Civil Veterinary Dept. North-West Frontier Province 1933-46 - 1933-1946
Year: 1933
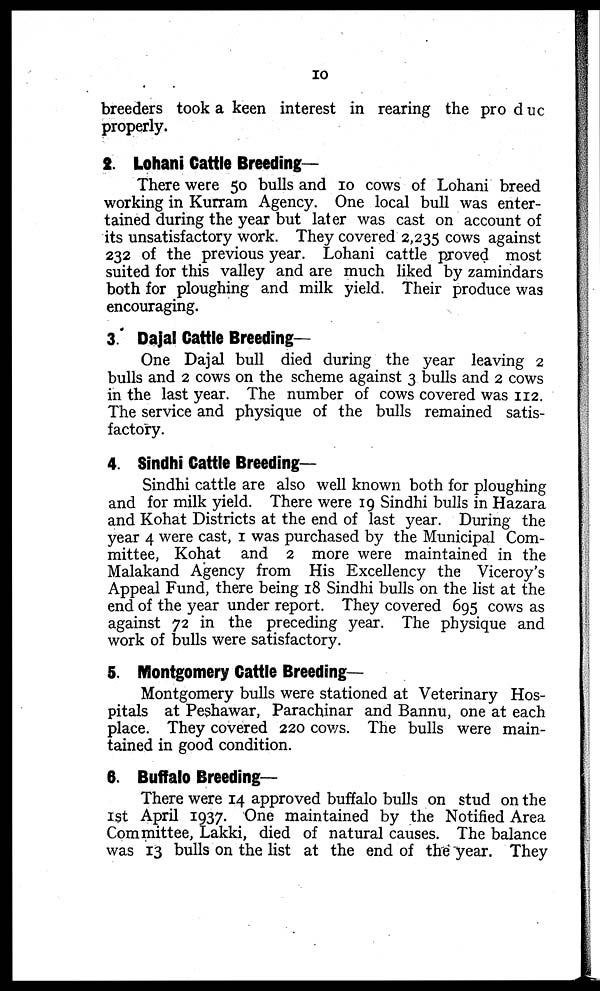
10
breeders took a keen interest in rearing the produc
properly.
2. Lohani Cattle Breeding-
There were 50 bulls and 10 cows of Lohani breed
working in Kurram Agency. One local bull was enter-
tained during the year but later was cast on account of
its unsatisfactory work. They covered 2,235 cows against
232 of the previous year. Lohani cattle proved most
suited for this valley and are much liked by zamindars
both for ploughing and milk yield. Their produce was
encouraging.
3. Dajal Cattle Breeding-
One Dajal bull died during the year leaving 2
bulls and 2 cows on the scheme against 3 bulls and 2 cows
in the last year. The number of cows covered was 112.
The service and physique of the bulls remained satis-
factory.
4. Sindhi Cattle Breeding—
Sindhi cattle are also well known both for ploughing
and for milk yield. There were 19 Sindhi bulls in Hazara
and Kohat Districts at the end of last year. During the
year 4 were cast, 1 was purchased by the Municipal Com-
mittee, Kohat and 2 more were maintained in the
Malakand Agency from His Excellency the Viceroy's
Appeal Fund, there being 18 Sindhi bulls on the list at the
end of the year under report. They covered 695 cows as
against 72 in the preceding year. The physique and
work of bulls were satisfactory.
5. Montgomery Cattle Breeding-
Montgomery bulls were stationed at Veterinary Hos-
pitals at Peshawar, Parachinar and Bannu, one at each
place. They covered 220 cows. The bulls were main-
tained in good condition.
6. Buffalo Breeding-
There were 14 approved buffalo bulls on stud on the
1st April 1937. One maintained by the Notified Area
Committee, Lakki, died of natural causes. The balance
was 13 bulls on the list at the end of the year. They